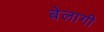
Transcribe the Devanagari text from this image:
बेलागी